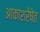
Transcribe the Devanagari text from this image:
आकाशरेषेत